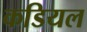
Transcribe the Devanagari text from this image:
कडियल